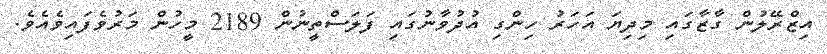
އިޒްރޭލުން ގާޒާގައި މިދިޔަ އަހަރު ހިންގި އުދުވާނުގައި ފަލަސްތީނުން 2189 މީހުން މަރުވެފައިވެއެވެ.